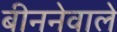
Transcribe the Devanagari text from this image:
बीननेवाले